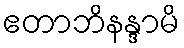
ဧတာဘိနန္ဒာမိ